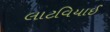
લાટવિયાઈ